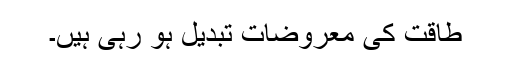
طاقت کی معروضات تبدیل ہو رہی ہیں۔